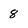
Character: 8